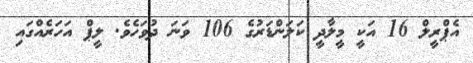
އެޕްރީލް 16 އަކީ މީލާދީ ކަލަންޑަރުގެ 106 ވަނަ ދުވަހެވެ. ލީޕް އަހަރެއްގައި